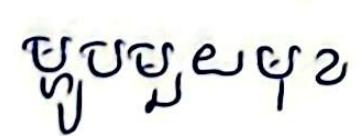
ម្ហូបមួយមុខ